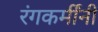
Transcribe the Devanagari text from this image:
रंगकर्मींनी